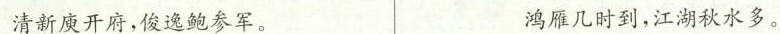
清新庾开府，俊逸鲍参军。 鸿雁几时到，江湖秋水多。